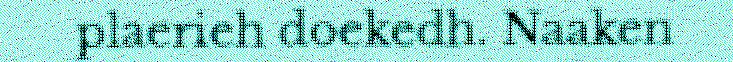
plaerieh doekedh. Naaken